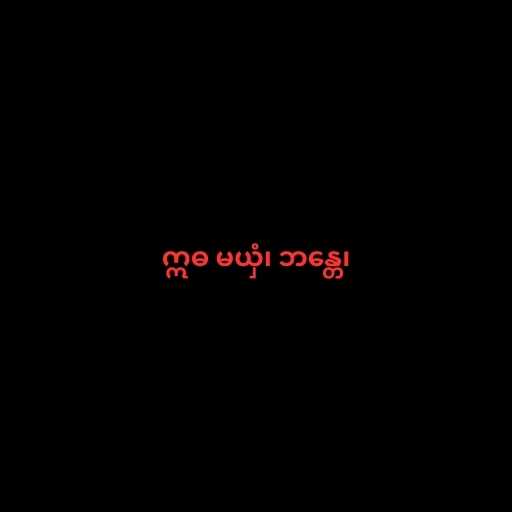
ဣဓ မယှံ၊ ဘန္တေ၊